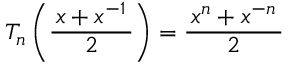
T _ { n } \left( { \frac { \, x + x ^ { - 1 } \, } { 2 } } \right) = { \frac { \, x ^ { n } + x ^ { - n } \, } { 2 } }